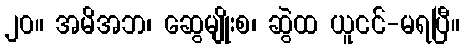
၂၀။ အမိအဘ၊ ဆွေမျိုးစ၊ ဆွဲထ ယူငင်-မရပြီ။